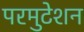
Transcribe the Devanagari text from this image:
परमुटेशन